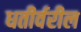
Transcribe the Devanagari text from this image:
धतीर्वरील